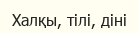
Халқы, тілі, діні